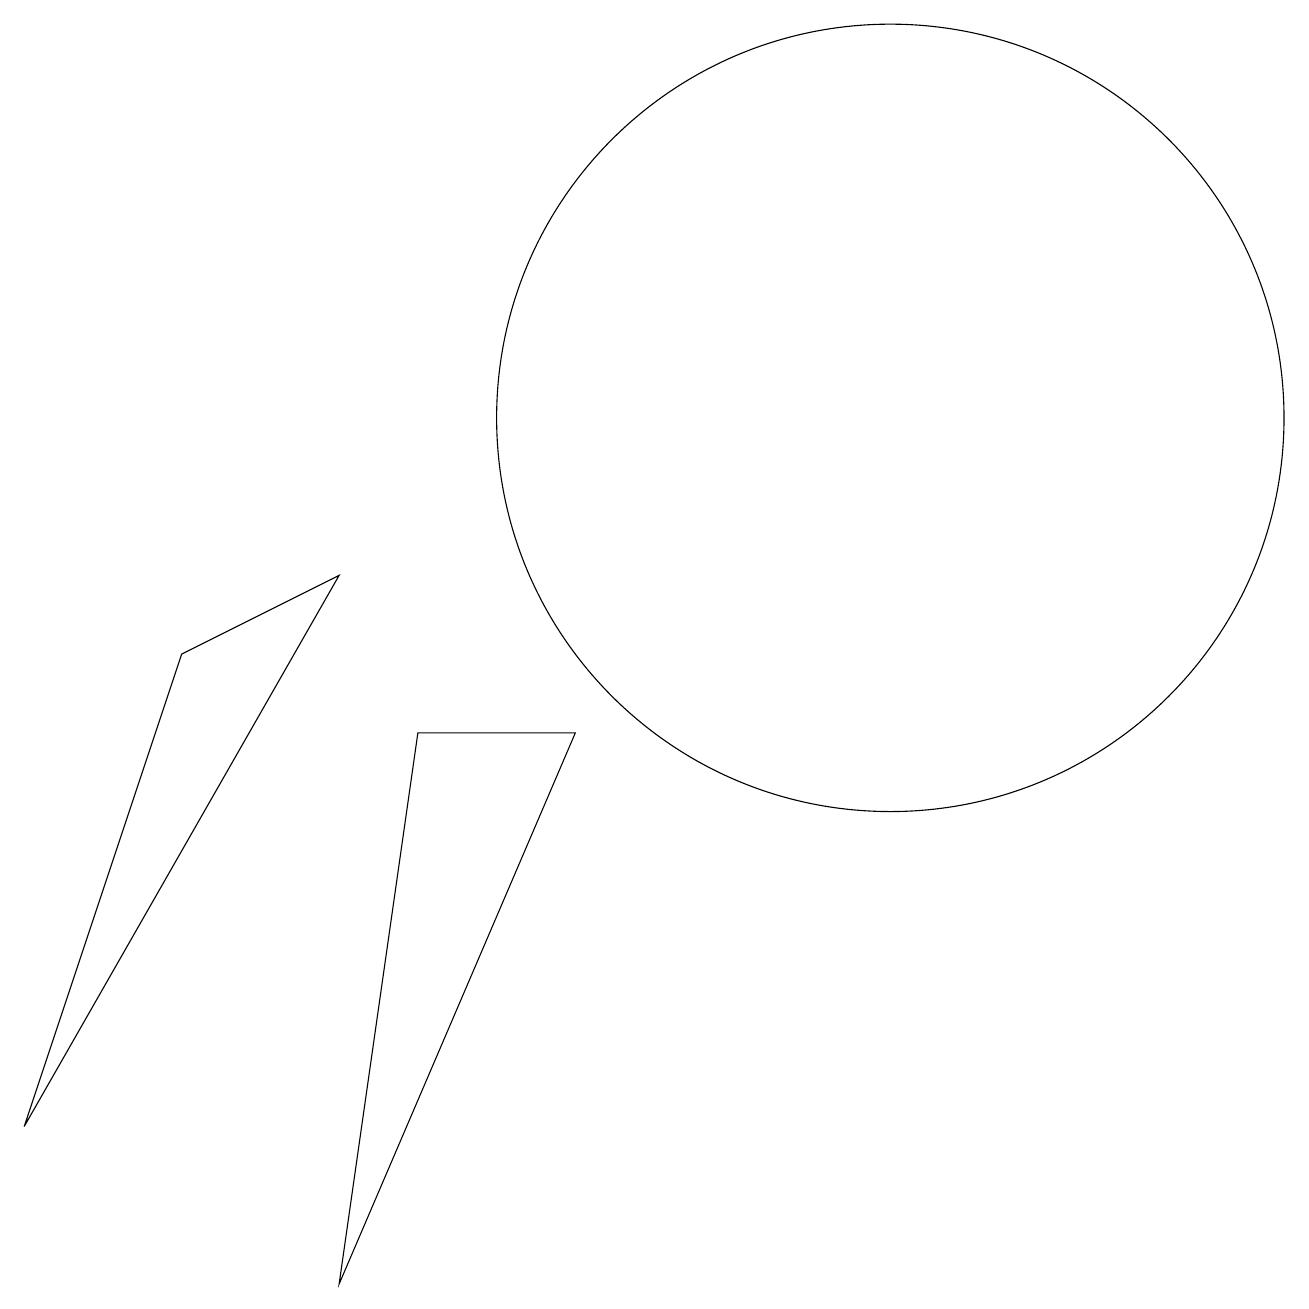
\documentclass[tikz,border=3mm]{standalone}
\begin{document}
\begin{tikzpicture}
\draw (4,0) -- (7,7) -- (5,7) -- cycle;
\draw (11,11) circle (5);
\draw (0,2) -- (4,9) -- (2,8) -- cycle;
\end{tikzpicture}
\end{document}